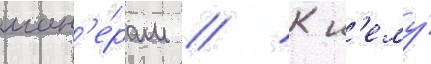
ман'е́рам // К н'ему́